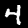
Label: 4